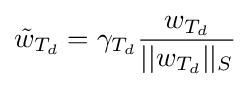
{\tilde {w}}_{T_{d}}=\gamma _{T_{d}}{\frac {w_{T_{d}}}{||w_{T_{d}}||_{S}}}